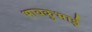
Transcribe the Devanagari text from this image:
भावकुभाई